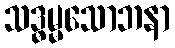
သဒ္ဓမ္မသောဘနာ